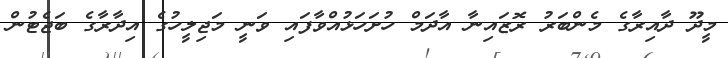
މީދޫ ދާއިރާގެ މެންބަރު ރޮޒައިނާ އާދަމް ހުށަހަޅުއްވާފައި ވަނީ މަޖިލީހުގެ އިދާރާގެ ބަޖެޓުން